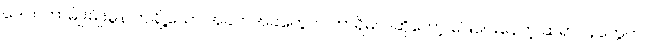
ဒေါက်တာမျိုးမျိုးမွန် တချို့သော အခက်အခဲတွေက ဘာရှိမလဲဆိုတော့ ဖြေပေးနေတဲ့ ဆရာဝန်တွေက